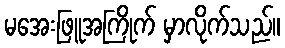
မအေးဖြူအကြိုက် မှာလိုက်သည်။